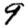
Digit: 9